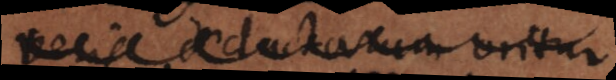
veris deductarum oritur